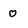
Character: 0